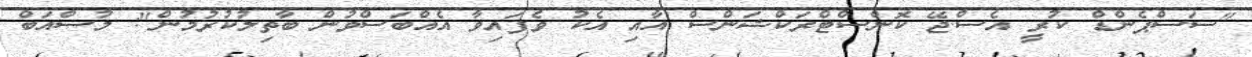
"ސަސްޕެންޑް ކުރީ އެސް.ޖޭ ކޮންސްޓްރަކްޝަންސް އާއި އެކު ވެފައިވާ އެއްބަސްވުން ބާތިލުކުރުމުން": މުސްއަބް